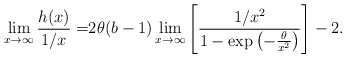
\begin{align*}\lim_{x\to\infty}\frac{h(x)}{1/x}=&2\theta (b-1)\lim_{x\to\infty}\left[\frac{1/x^2}{1-\exp\left(-\frac{\theta}{x^2}\right)}\right]-2.\end{align*}